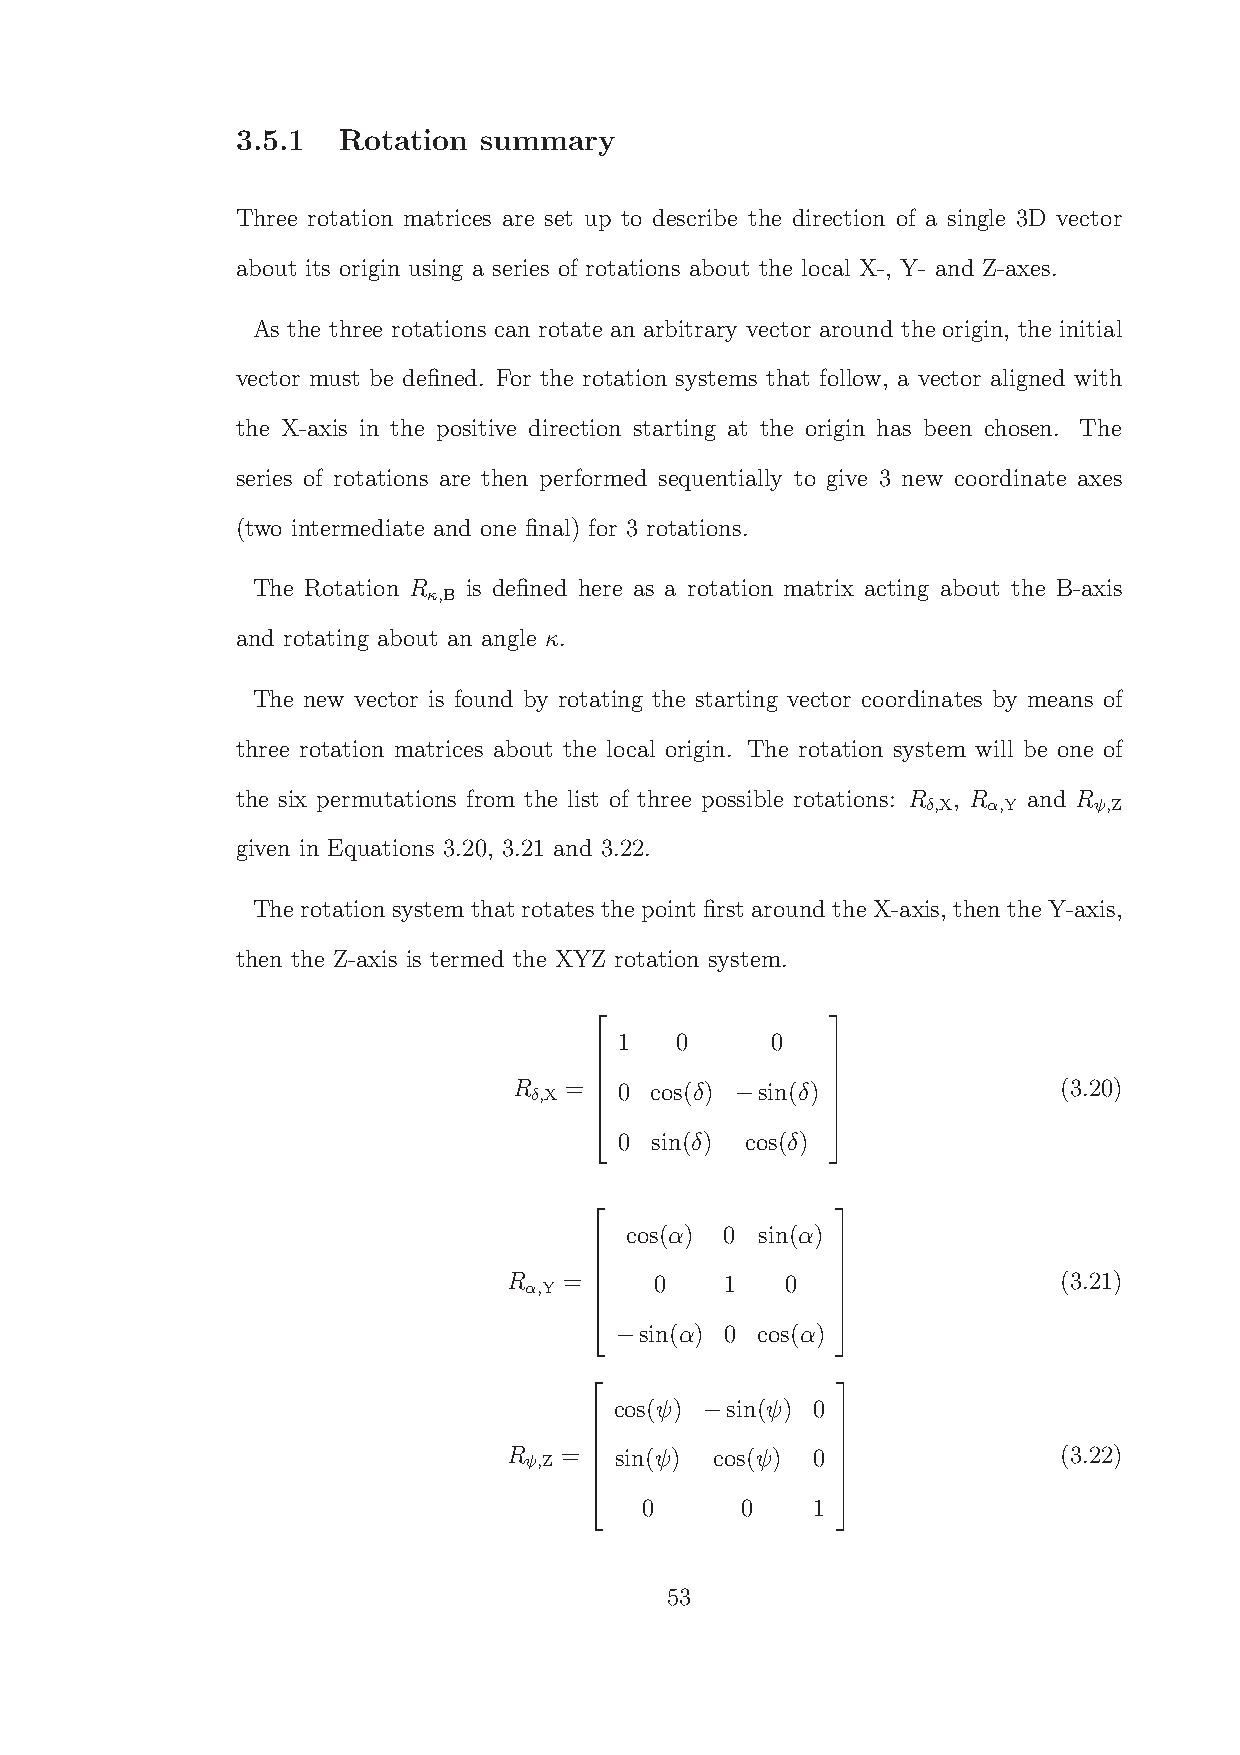
3.5.1 Rotation  summary
 Three rotation matrices are set up to describe the direction of a single 3D vector
 about its origin using a series of rotations about the local X-, Y- and Z-axes.
 As the three rotations can rotate an arbitrary vector around the origin, the initial
 vector must be defined. For the rotation systems that follow, a vector aligned with
 the X-axis in the positive direction starting at the origin has been chosen. The
 series of rotations are then performed sequentially to give 3 new coordinate axes
 (two intermediate and one final) for 3 rotations.
 The Rotation R is defined here as a rotation matrix acting about the B-axis
 κ,B
 and rotating about an angle κ.
 The new vector is found by rotating the starting vector coordinates by means of
 three rotation matrices about the local origin. The rotation system will be one of
 the six permutations from the list of three possible rotations: R , R and R
 δ,X α,Y    ψ,Z
 given in Equations 3.20, 3.21 and 3.22.
 The rotationsystem thatrotatesthepoint first aroundtheX-axis, thenthe Y-axis,
 then the Z-axis is termed the XYZ rotation system.
 1   0     0
                
 R δ,X = 0 cos(δ) sin(δ)             (3.20)
 −
                
                
 0 sin(δ) cos(δ)
                
                
                
 cos(α) 0 sin(α)
                
 R  =     0    1   0                 (3.21)
 α,Y
                
                
 sin(α) 0 cos(α)
                
  −             
                
 cos(ψ) sin(ψ) 0
 −
                
 R ψ,Z = sin(ψ) cos(ψ) 0             (3.22)
                
                
 0      0    1
                
                
                
 53